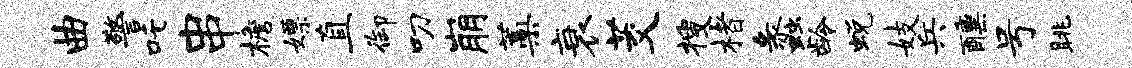
曲警吒串檐嫖直御叨崩蒿衰茭搜楮蠡龄蜕妓兵醺号眺